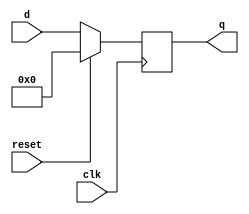
`timescale 1ns / 1ps
// Module definition
module FlipFlop(clk , reset , d, q);
// Define input and output signals
    input clk, reset;
    input [7:0] d;
    output reg [7:0] q;
// Define the D Flip flop modules ' behaviour
//reg q;
always@(posedge clk) begin
    if(reset) 
        q = 8'b00000000;
    else 
        q = d;
    
end
endmodule // FlipFlop